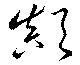
顛